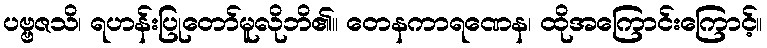
ပဗ္ဗဇသိ၊ ရဟန်းပြုတော်မူလိုဘိ၏။ တေနကာရဏေန၊ ထိုအကြောင်းကြောင့်။